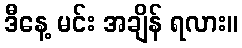
ဒီနေ့ မင်း အချိန် ရလား။